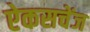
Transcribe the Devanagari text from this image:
ऐकसचेंज